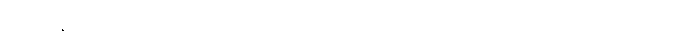
“ဘန္တေ၊ မြတ်စွာဘုရား။ ဣဒံ၊ ဤပုဆိုးအစုံကို။ တုမှေယေဝ၊ အရှင်ဘုရားတို့